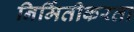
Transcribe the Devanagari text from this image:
निर्मितीकरता